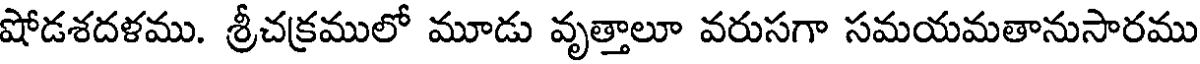
షోడశదళము. శ్రీచక్రములో మూడు వృత్తాలూ వరుసగా సమయమతానుసారము